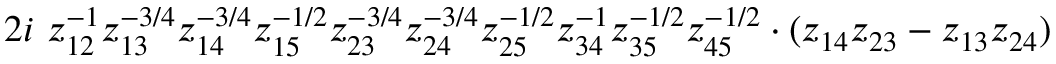
2 i \ z _ { 1 2 } ^ { - 1 } z _ { 1 3 } ^ { - 3 / 4 } z _ { 1 4 } ^ { - 3 / 4 } z _ { 1 5 } ^ { - 1 / 2 } z _ { 2 3 } ^ { - 3 / 4 } z _ { 2 4 } ^ { - 3 / 4 } z _ { 2 5 } ^ { - 1 / 2 } z _ { 3 4 } ^ { - 1 } z _ { 3 5 } ^ { - 1 / 2 } z _ { 4 5 } ^ { - 1 / 2 } \cdot ( z _ { 1 4 } z _ { 2 3 } - z _ { 1 3 } z _ { 2 4 } )